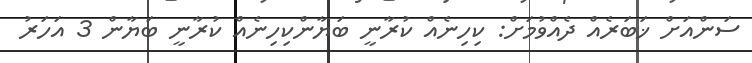
ސަންއަށް ޚަބަރެއް ދެއްވުމަށް: ކިހިނެއް ކުރާނީ ބަޔާންކިހިނެއް ކުރާނީ ބަޔާން 3 އަހަރު